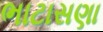
ભાટાસણા